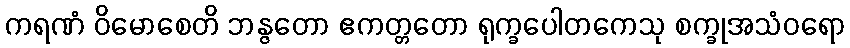
ကရဏံ ဝိမောစေတိ ဘန္ဇတော ဧကတ္တတော ရုက္ခပေါတကေသု စက္ခုအသံဝရော